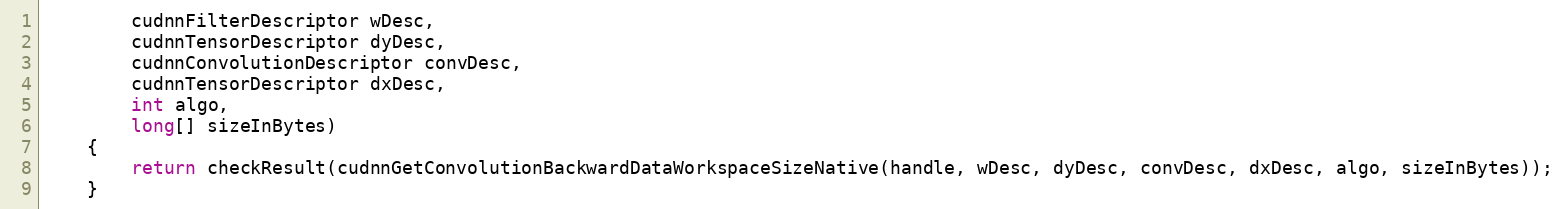
Language: Java
        cudnnFilterDescriptor wDesc,
        cudnnTensorDescriptor dyDesc,
        cudnnConvolutionDescriptor convDesc,
        cudnnTensorDescriptor dxDesc,
        int algo,
        long[] sizeInBytes)
    {
        return checkResult(cudnnGetConvolutionBackwardDataWorkspaceSizeNative(handle, wDesc, dyDesc, convDesc, dxDesc, algo, sizeInBytes));
    }